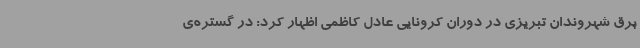
برق شهروندان تبریزی در دوران کرونایی عادل کاظمی اظهار کرد: در گستره‌ی